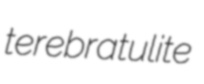
terebratulite